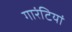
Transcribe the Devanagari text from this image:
गारंटियां